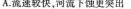
A.流速较快，河流下神更突出